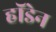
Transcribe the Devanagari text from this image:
हॉडेन